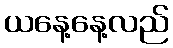
ယနေ့နေ့လည်